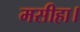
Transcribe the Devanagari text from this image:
मसीहा।